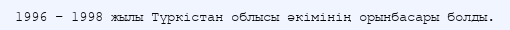
1996 – 1998 жылы Түркістан облысы әкімінің орынбасары болды.